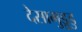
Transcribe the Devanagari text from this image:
देसामुड्रुडु